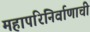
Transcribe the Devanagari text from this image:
महापरिनिर्वाणाची